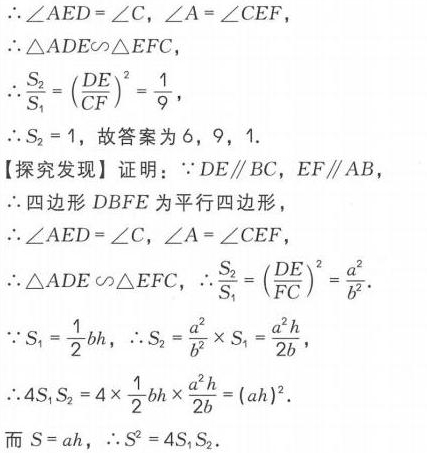
\(\begin{align*}
&\therefore\angle AED=\angle C,\angle A = \angle CEF,\\
&\therefore\triangle ADE\sim\triangle EFC,\\
&\therefore\frac{S_{2}}{S_{1}}=\left(\frac{DE}{CF}\right)^{2}=\frac{1}{9},\\
&\therefore S_{2}=1，故答案为6，9，1.\\
【探究发现】证明：&\because DE\parallel BC，EF\parallel AB,\\
&\therefore四边形DBFE为平行四边形,\\
&\therefore\angle AED=\angle C,\angle A=\angle CEF,\\
&\therefore\triangle ADE\sim\triangle EFC，\therefore\frac{S_{2}}{S_{1}}=\left(\frac{DE}{FC}\right)^{2}=\frac{a^{2}}{b^{2}}.\\
&\because S_{1}=\frac{1}{2}bh，\therefore S_{2}=\frac{a^{2}}{b^{2}}\times S_{1}=\frac{a^{2}h}{2b},\\
&\therefore4S_{1}S_{2}=4\times\frac{1}{2}bh\times\frac{a^{2}h}{2b}=(ah)^{2}.\\
&而S = ah，\therefore S^{2}=4S_{1}S_{2}.
\end{align*}\)